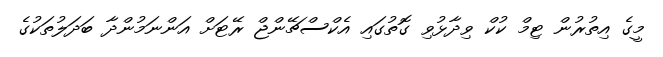
މީގެ އިތުރުން ޓިމް ކުކް ވިދާޅުވި ގޮތުގައި އެކްސްޗޭންޖް ރޭޓަށް އަންނަމުންދާ ބަދަލުތަކުގެ